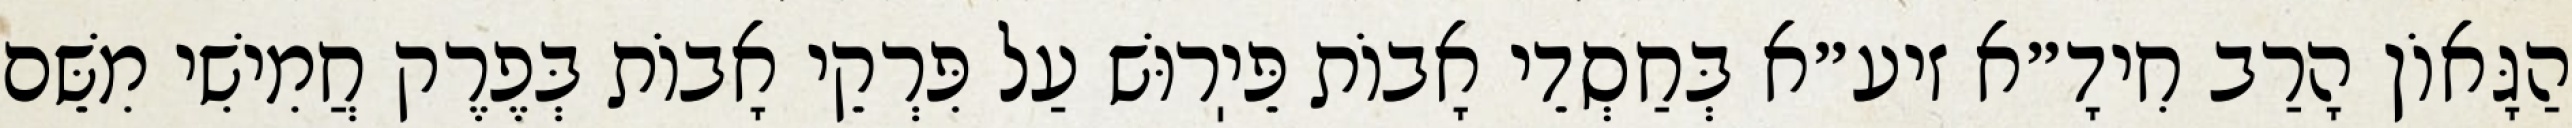
הַגָּאוֹן הָרַב חִידָ״א זיע״א בְּחַסְדֵי אָבוֹת פֵּיֽרוּשׁ עַל פִּרְקֵי אָבוֹת בְּפֶרֶק חֲמִישִׁי מִשֵּׁם